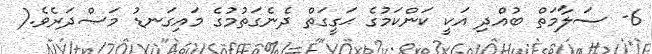
6- ސަލާމަތް ބުއްދި އަކީ ކަންކަމުގެ ޙަގީގަތް ދެނެގަތުމުގެ މައިގަނޑު މަޞްދަރެވެ.(